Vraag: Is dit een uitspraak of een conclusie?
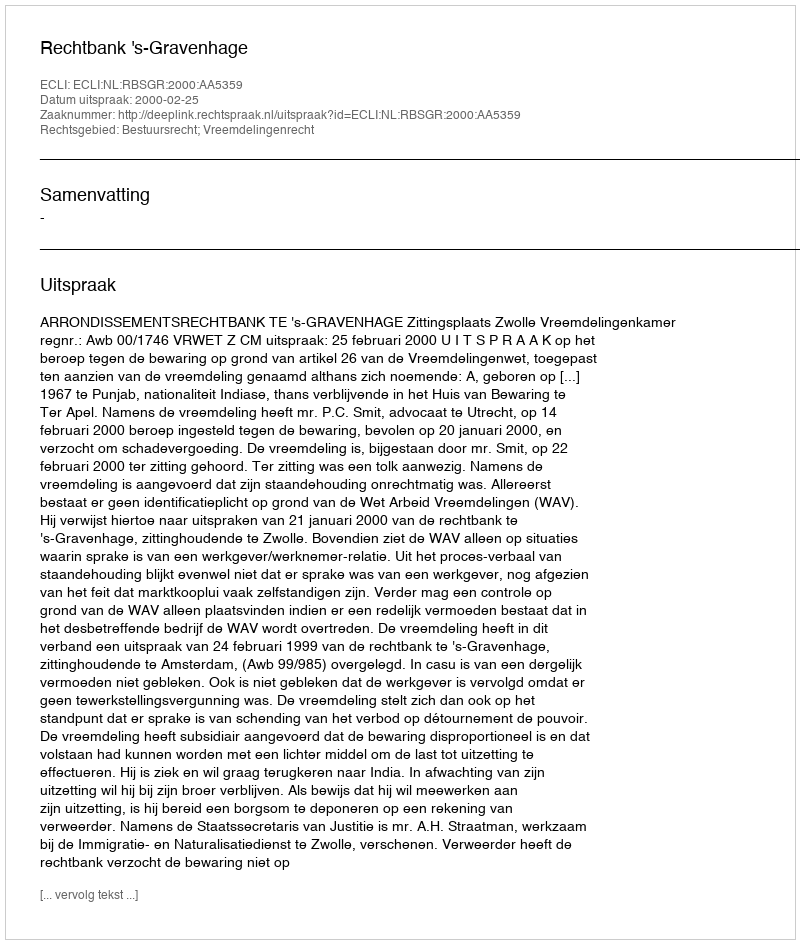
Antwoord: Uitspraak